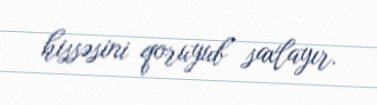
hissəsini qoruyub saxlayır.